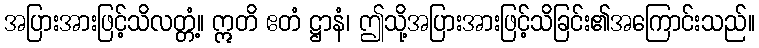
အပြားအားဖြင့်သိလတ္တံ့။ ဣတိ ဧတံ ဋ္ဌာနံ၊ ဤသို့အပြားအားဖြင့်သိခြင်း၏အကြောင်းသည်။